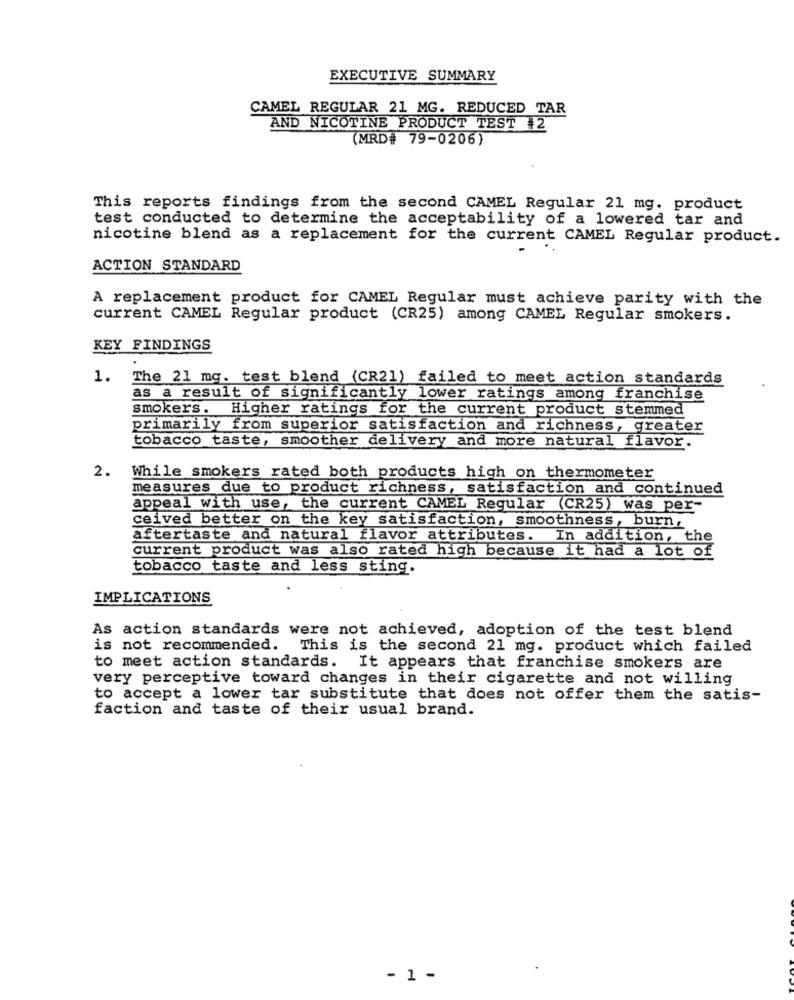
EXECUTIVE SUMMARY
CAMEL REGULAR 21 MG. REDUCED TAR
AND NICOTINE PRODUCT TEST #2
(MRD# 79-0206)
This reports findings from the second CAMEL Regular 21 mg. product
test conducted to determine the acceptability of a lowered tar and
nicotine blend as a replacement for the current CAMEL Regular product.
ACTION STANDARD
A replacement product for CAMEL Regular must achieve parity with the
current CAMEL Regular product (CR25) among CAMEL Regular smokers.
KEY FINDINGS
1.
The 21 mg. test blend (CR21) failed to meet action standards
as a result of significantly lower ratings among franchise
smokers .
Higher ratings for the current product stemmed
primarily from superior satisfaction and richness, greater
tobacco taste, smoother delivery and more natural flavor.
2.
While smokers rated both products high on thermometer
measures due to product richness, satisfaction and continued
appeal with use, the current CAMEL Regular (CR25) was per-
ceived better on the key satisfaction, smoothness, burn,
aftertaste and natural flavor attributes.
In addition, the
current product was also rated high because it had a lot of
tobacco taste and less sting.
IMPLICATIONS
As action standards were not achieved, adoption of the test blend
is not recommended. This is the second 21 mg. product which failed
to meet action standards. It appears that franchise smokers are
very perceptive toward changes in their cigarette and not willing
to accept a lower tar substitute that does not offer them the satis-
faction and taste of their usual brand.
- 1 -